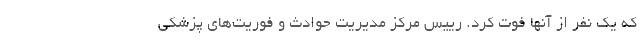
که یک نفر از آنها فوت کرد. رییس مرکز مدیریت حوادث و فوریت‌های پزشکی